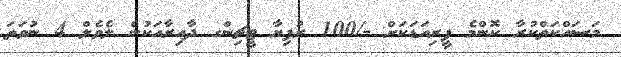
މަސައްކަތްކުރާ ކޮންމެ ޕީރިއަޑަކަށް -/100 ރުފިޔާ ޓީޗިންގ ދާއިރާއަކުން ލެވެލް 4 ނުވަތަ